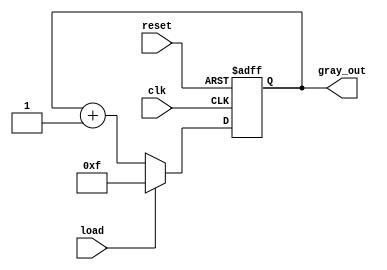
module gray_counter (
    input wire clk,
    input wire reset,
    input wire load,
    output reg [3:0] gray_out
);

reg [3:0] gray_reg;

always @ (posedge clk or posedge reset)
begin
    if (reset)
        gray_reg <= 4'b0000;
    else if (load)
        gray_reg <= 4'b1111; // Load specific value
    else
        gray_reg <= gray_reg + 1; // Increment gray code

end

assign gray_out = gray_reg;

endmodule